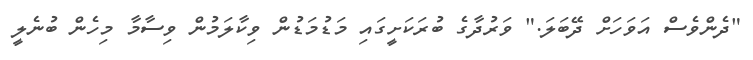
"ދެންވެސް އަވަހަށް ދޭބަލަ." ވަރުދާގެ ބުރަކަށީގައި މަޑުމަޑުން ވިކާލަމުން ވިސާމާ މިހެން ބުނެލީ